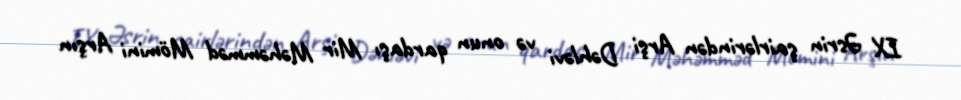
IX Əsrin şairlərindən Arşi Dəhləvi və onun qardaşı Mir Məhəmməd Mömini Arşın